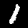
Label: 1